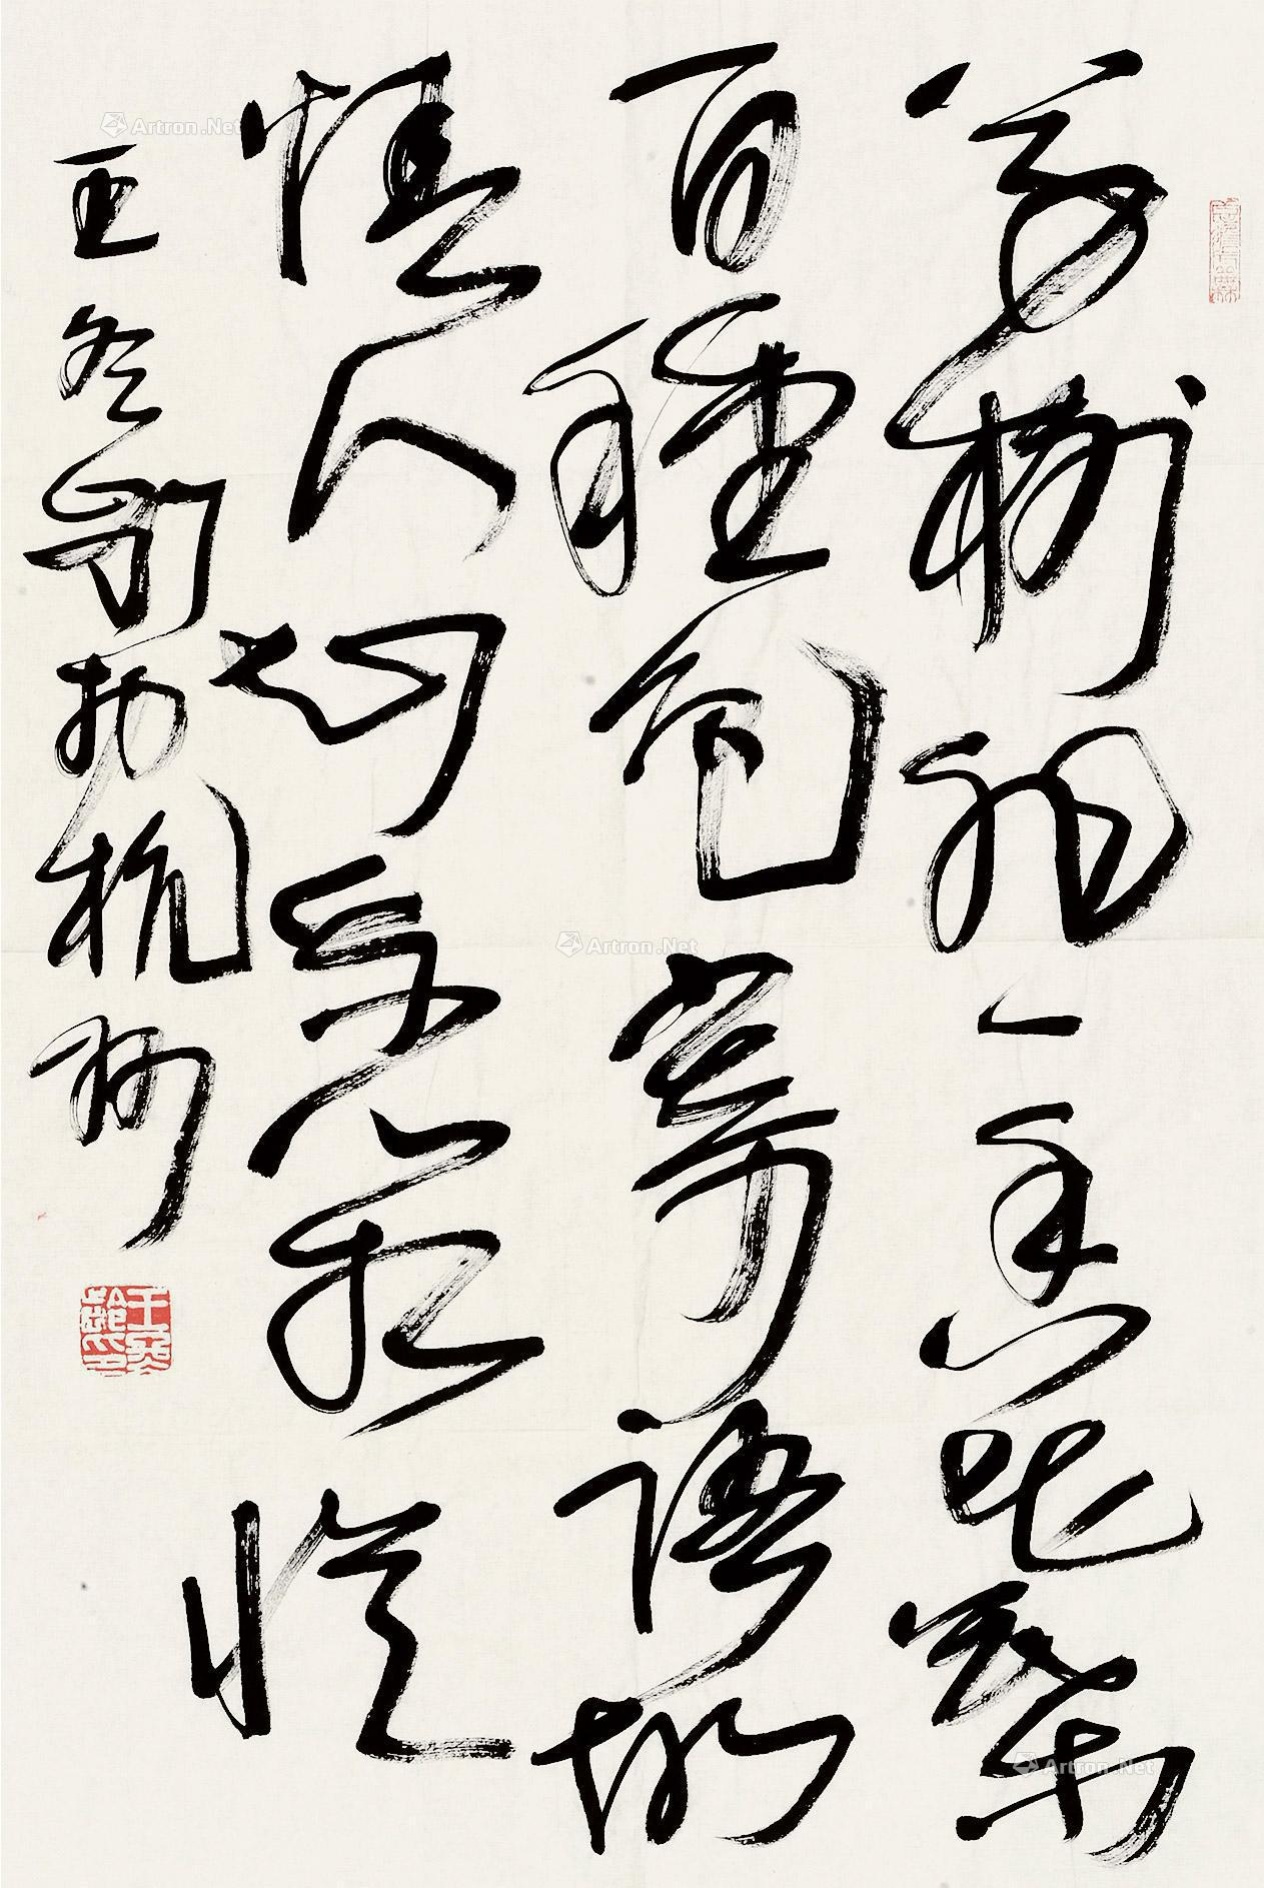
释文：草树非一香，花叶百种色。寄语故情人，知我心相忆。王冬龄于杭州。